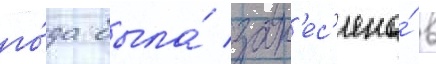
го́да была́ зан'ес'ена́ в